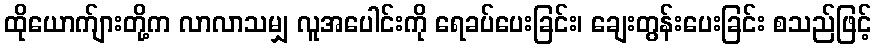
ထိုယောက်ျားတို့က လာလာသမျှ လူအပေါင်းကို ရေခပ်ပေးခြင်း၊ ချေးတွန်းပေးခြင်း စသည်ဖြင့်